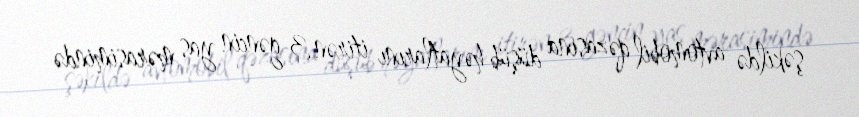
şəkildə avtomobil qəzasına düşüb həyatlarını itirən 3 gəncin yas mərasimində